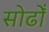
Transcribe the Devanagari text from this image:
सोढोँ